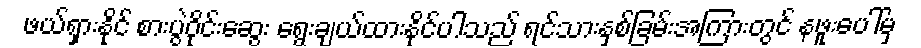
ဖယ်ရှားနိုင် စားပွဲဝိုင်းဆွေး ရွေးချယ်ထားနိုင်ပါသည် ရင်သားနှစ်ခြမ်းအကြားတွင် နဖူးပေါ်မှ